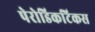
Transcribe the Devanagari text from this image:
पेरोडिकटिकस